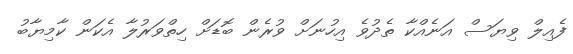
ފެއިލް ވިޔަސް އަނެއްކާ ތެދުވެ އިހުނަށް ވުރެން ބޮޑަށް ހިތްވަރުލާ އެކަން ކާމިޔާބު